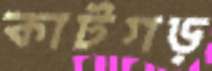
কাটগড়